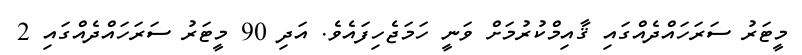
މީޓަރު ސަރަހައްދެއްގައި ޤާއިމްކުރުމަށް ވަނީ ހަމަޖެހިފައެވެ. އަދި 90 މީޓަރު ސަރަހައްދެއްގައި 2